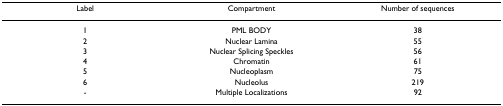
| Label | Compartment | Number of sequences |
 | --- | --- | --- |
 | 1 | PML BODY | 38 |
 | 2 | Nuclear Lamina | 55 |
 | 3 | Nuclear Splicing Speckles | 56 |
 | 4 | Chromatin | 61 |
 | 5 | Nucleoplasm | 75 |
 | 6 | Nucleolus | 219 |
 | - | Multiple Localizations | 92 |